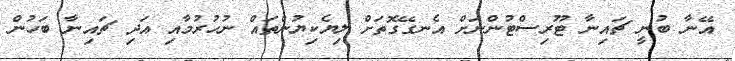
އޭނާ ބުނީ ޗައިނާ ޓޫރިސްޓުންނަށް އެނގޭގޮތަށް ލިޔެކިޔުންތައް ނުހުރުމާއި އަދި ޗައިނާ ބަހުން